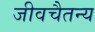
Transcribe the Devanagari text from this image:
जीवचैतन्य